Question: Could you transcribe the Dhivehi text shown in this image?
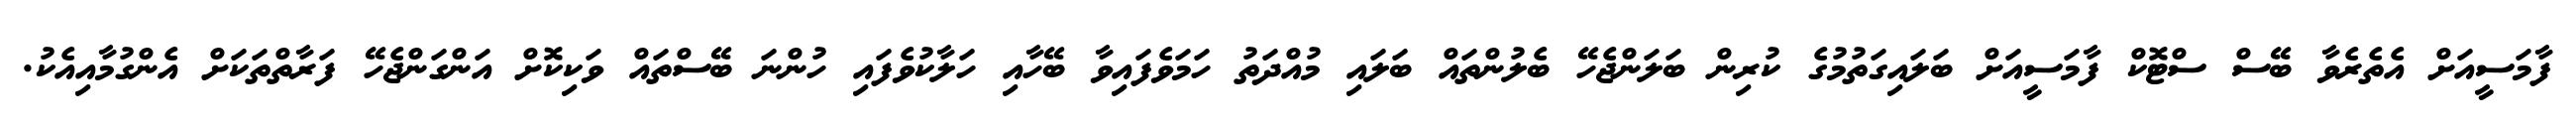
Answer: ފާމަސީއަށް އެތެރެވާ ބޭސް ސްޓޮކް ފާމަސީއަށް ބަލައިގަތުމުގެ ކުރިން ބަލަންޖެހޭ ބެލުންތައް ބަލައި މުއްދަތު ހަމަވެފައިވާ ބޭހާއި ހަލާކުވެފައި ހުންނަ ބޭސްތައް ވަކިކޮށް އަންގަންޖެހޭ ފަރާތްތަކަށް އެންގުމާއިއެކު.